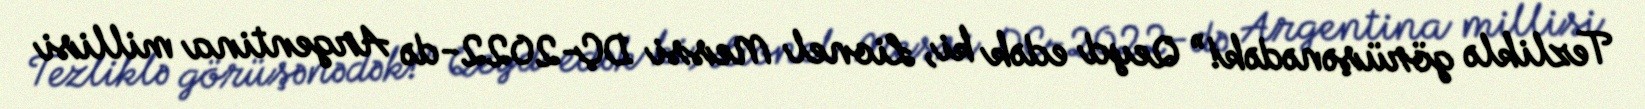
Tezliklə görüşənədək!” Qeyd edək ki, Lionel Messi DÇ-2022-də Argentina millisi